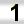
Digit: 1